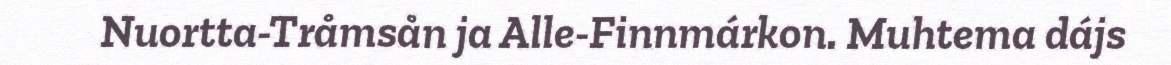
Nuortta-Tråmsån ja Alle-Finnmárkon. Muhtema dájs